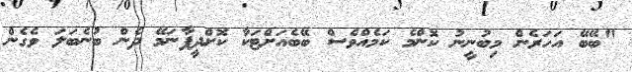
"ބޭބޭ އަހަރެން މިބުނީނު ކޮންމެ ކަމެއްވެސް ބޭބެއަށްޓަކާ ކޮށްދީފާނަމޭ ދެން ބުނެބަލަ ވެގެން